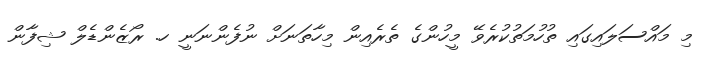
މި މައްސަލައިގައި ތުހުމަތުކުރެވޭ މީހުންގެ ތެރެއިން މިހާތަނަށް ނުފެންނަނީ ހ. ރޯޒެންޑެލް ޝިފާން